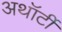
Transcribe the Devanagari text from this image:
अथॉर्टी